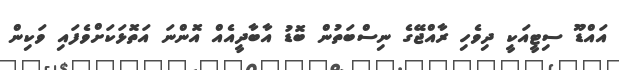
އައްޑޫ ސިޓީއަކީ ދިވެހި ރާއްޖޭގެ ނިސްބަތުން ބޮޑު އާބާދީއެއް އޮންނަ އަތޮޅަކަށްވެފައި ވަކިން